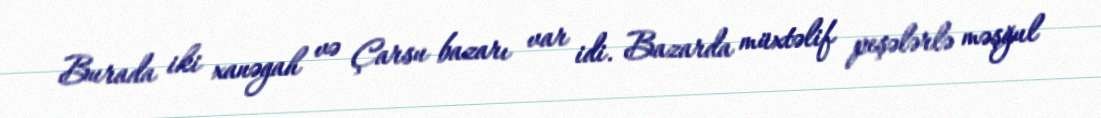
Burada iki xanəgah və Çarsu bazarı var idi. Bazarda müxtəlif peşələrlə məşğul